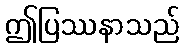
ဤပြဿနာသည်